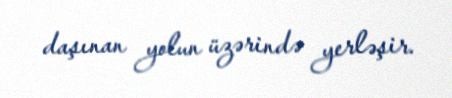
daşınan yolun üzərində yerləşir.